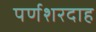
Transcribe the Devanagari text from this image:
पर्णशरदाह